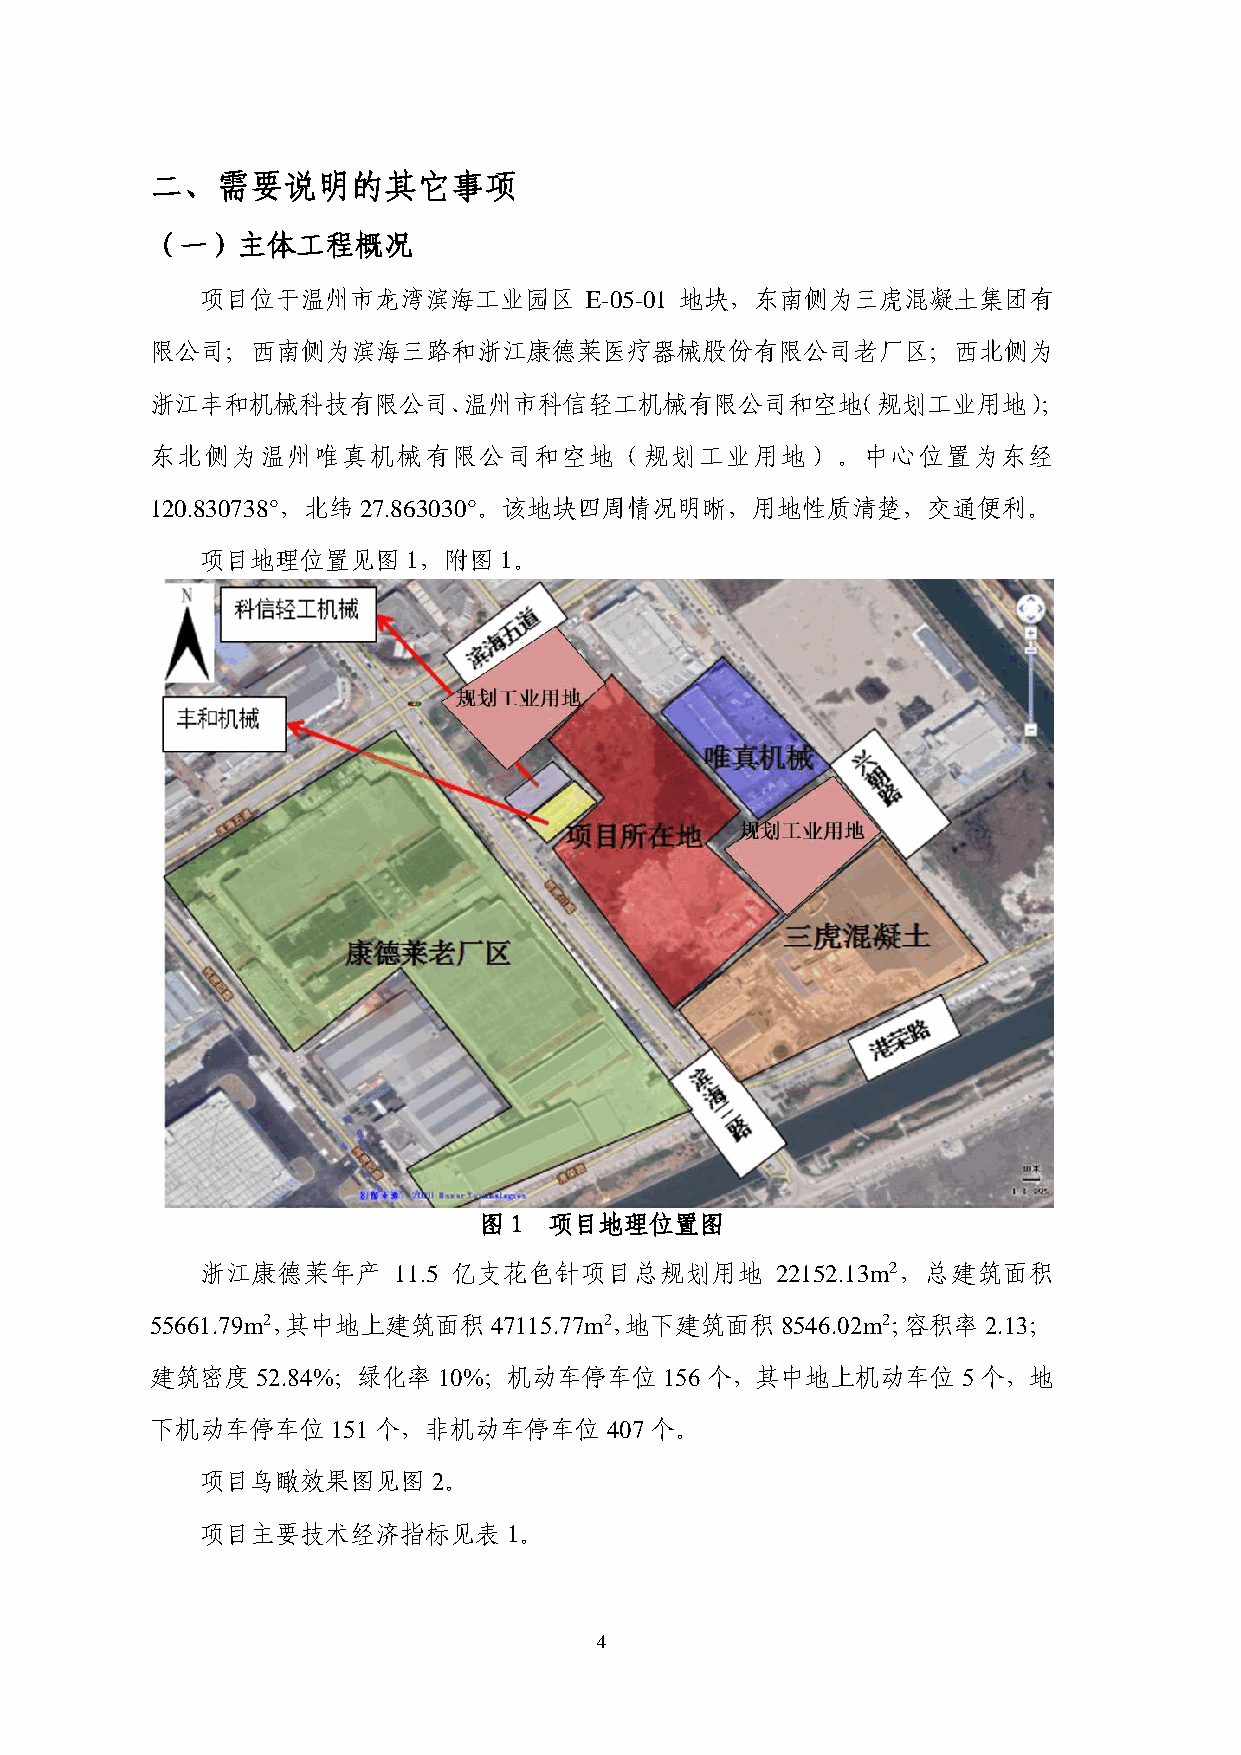
二、需要说明的其它事项
 （一）主体工程概况
 项目位于温州市龙湾滨海工业园区           E-05-01 地块，东南侧为三虎混凝土集团有
 限公司；西南侧为滨海三路和浙江康德莱医疗器械股份有限公司老厂区；西北侧为
 浙江丰和机械科技有限公司、温州市科信轻工机械有限公司和空地（规划工业用地）；
 东北侧为温州唯真机械有限公司和空地（规划工业用地）。中心位置为东经
 120.830738°，北纬27.863030°。该地块四周情况明晰，用地性质清楚，交通便利。
 项目地理位置见图1，附图1。
 图 1 项目地理位置图
 浙江康德莱年产      11.5 亿支花色针项目总规划用地        22152.13m2，总建筑面积
 55661.79m2，其中地上建筑面积47115.77m2，地下建筑面积      8546.02m2；容积率2.13；
 建筑密度52.84%；绿化率10%；机动车停车位156个，其中地上机动车位                 5个，地
 下机动车停车位     151个，非机动车停车位407个。
 项目鸟瞰效果图见图       2。
 项目主要技术经济指标见表         1。
 4